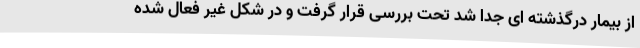
از بیمار درگذشته ای جدا شد تحت بررسی قرار گرفت و در شکل غیر فعال شده